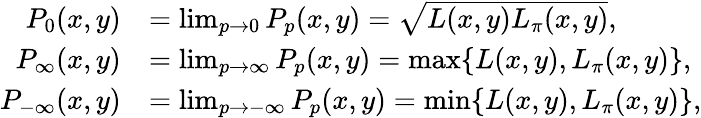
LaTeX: \begin{array}{rl}{P_{0}(x,y)}&{=\operatorname*{lim}_{p\to 0}P_{p}(x,y)=\sqrt{L(x,y)L_{\pi}(x,y)},}\\ {P_{\infty}(x,y)}&{=\operatorname*{lim}_{p\to\infty}P_{p}(x,y)=\operatorname*{max}\{ L(x,y),L_{\pi}(x,y)\} ,}\\ {P_{-\infty}(x,y)}&{=\operatorname*{lim}_{p\to-\infty}P_{p}(x,y)=\operatorname*{min}\{ L(x,y),L_{\pi}(x,y)\} ,}\end{array}